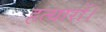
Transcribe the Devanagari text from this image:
हत्यारों।